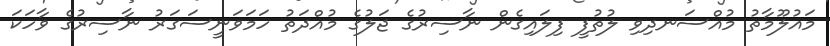
މައުލޫމާތު މުއްސަނދިވި ލުތުފީ ފިލައިގެން ނާސިރުގެ ޖަލުގެ މުއްދަތު ހަމަވަނީސަގަރު ނާސިރުގެ ވާހަކަ